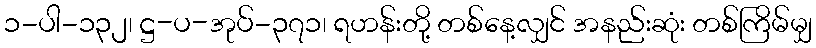
၁-ပါ-၁၃၂၊ ဋ္ဌ-ပ-အုပ်-၃၇၁၊ ရဟန်းတို့ တစ်နေ့လျှင် အနည်းဆုံး တစ်ကြိမ်မျှ